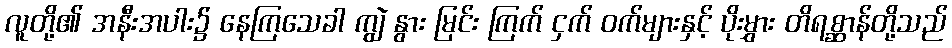
လူတို့၏ အနီးအပါး၌ နေကြသေခါ ကျွဲ နွား မြင်း ကြက် ငှက် ဝက်များနှင့် ပိုးမွှား တိရစ္ဆာန်တို့သည်